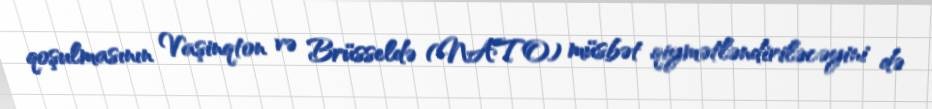
qoşulmasının Vaşinqton və Brüsseldə (NATO) müsbət qiymətləndiriləcəyini də